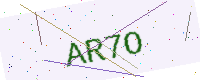
Text: AR7O